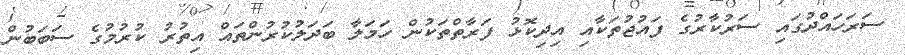
ސަރަހައްދުގައި ސަރުކާރުގެ ފައުޖުތަކާއި އިދިކޮޅު ފަރާތްތަކުން ހަމަލާ ބަދަލުކުރުންތައް އިތުރު ކުރުމުގެ ސަބަބުން